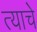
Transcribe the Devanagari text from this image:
त्याचेे